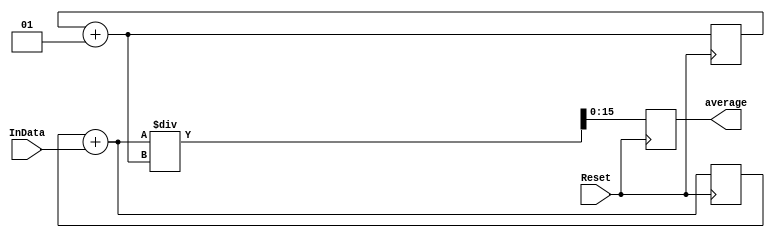
`timescale 1ns / 1ps
//////////////////////////////////////////////////////////////////////////////////
// Company: 
// Engineer: 
// 
// Design Name: 
// Module Name: Mean
// Project Name: 
// Target Devices: 
// Tool Versions: 
// Description: 
// 
// Dependencies: 
// 
// Revision:
// Revision 0.01 - File Created
// Additional Comments:
// 
//////////////////////////////////////////////////////////////////////////////////


module Mean(Reset, InData, average);

input Reset;
input [15:0] InData;
output reg [15:0] average;


integer count;
integer sum;

initial begin                       //initial block, run once
count = 0;
sum = 0;
end

always@(posedge Reset) begin                          //repeats at each clock cycle on positive rise
    count = count + 1;
    sum = sum + InData;
    average = sum/count;                         // calculate and set average of a set of data
end

endmodule